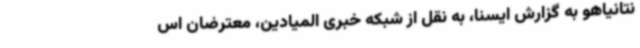
نتانیاهو به گزارش ایسنا، به نقل از شبکه خبری المیادین، معترضان اس